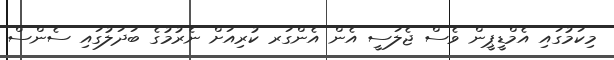
މިކަމުގައި އެމްޑީޕީން ވެސް ޖެލަސީ އެން އެންގަރ ކުރިއަށް ނެރުމުގެ ބަދަލުގައި ސެންސް